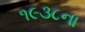
૧૯૩૮ના